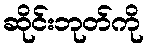
ဆိုင်းဘုတ်ကို